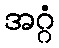
အဂ္ဂံ